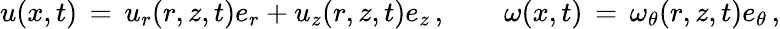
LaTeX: u(x,t)\, =\, u_{r}(r,z,t)e_{r}+u_{z}(r,z,t)e_{z}\, ,\qquad\omega(x,t)\, =\, \omega_{\theta}(r,z,t)e_{\theta}\, ,